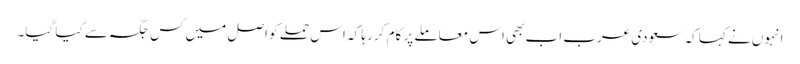
انہوں نے کہا کہ سعودی عرب اب بھی اس معاملے پر کام کر رہا کہ اس حملے کو اصل میں کس جگہ سے کیا گیا۔